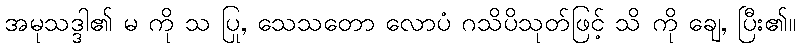
အမုသဒ္ဒါ၏ မ ကို သ ပြု, သေသတော လောပံ ဂသိပိသုတ်ဖြင့် သိ ကို ချေ, ပြီး၏။